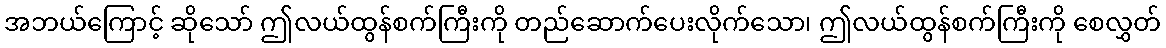
အဘယ်ကြောင့် ဆိုသော် ဤလယ်ထွန်စက်ကြီးကို တည်ဆောက်ပေးလိုက်သော၊ ဤလယ်ထွန်စက်ကြီးကို စေလွှတ်